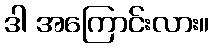
ဒါ အကြောင်းလား။